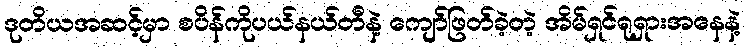
ဒုတိယအဆင့်မှာ စပိန်ကိုပယ်နယ်တီနဲ့ ကျော်ဖြတ်ခဲ့တဲ့ အိမ်ရှင်ရုရှားအနေနဲ့